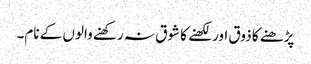
پڑھنے کا ذوق اور لکھنے کا شوق نہ رکھنے والوں کے نام۔